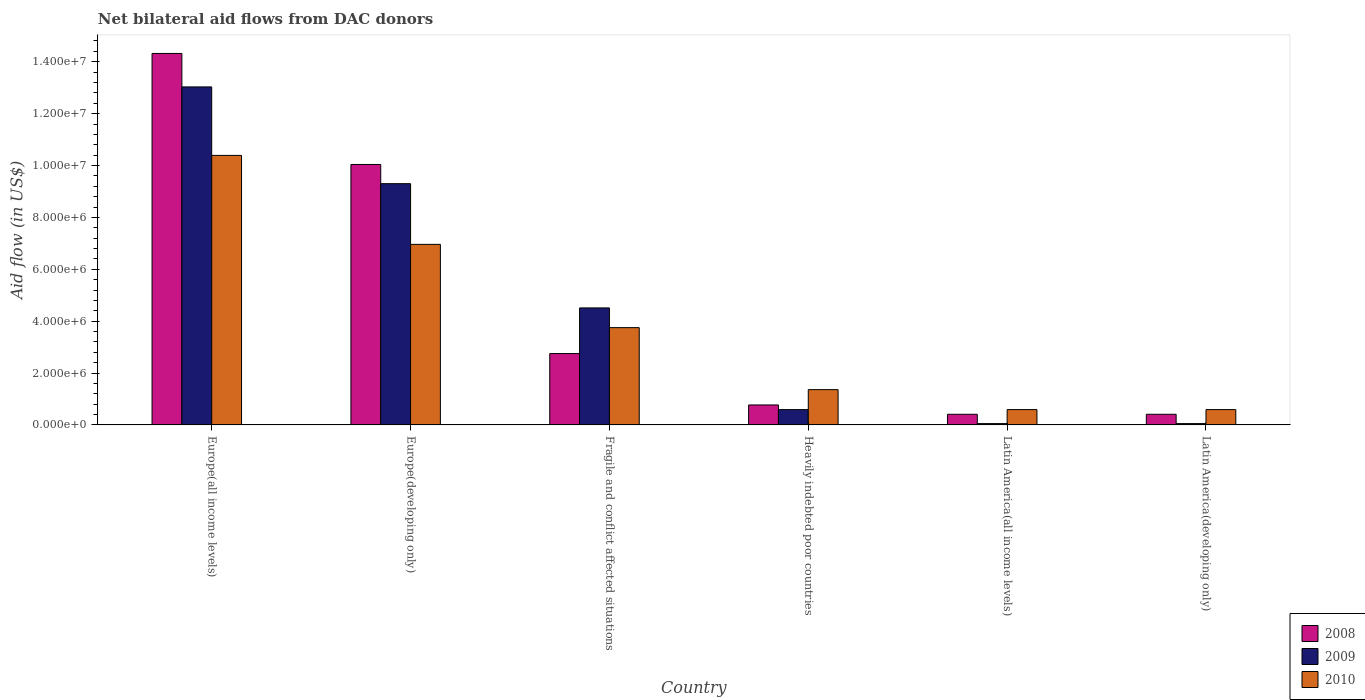
| Country | 2008 | 2009 | 2010 |
 | --- | --- | --- | --- |
 | Europe(all income levels) | 1.43e+07 | 1.3e+07 | 1.04e+07 |
 | Europe(developing only) | 1e+07 | 9.3e+06 | 6.96e+06 |
 | Fragile and conflict affected situations | 2.75e+06 | 4.51e+06 | 3.75e+06 |
 | Heavily indebted poor countries | 7.7e+05 | 5.9e+05 | 1.36e+06 |
 | Latin America(all income levels) | 4.1e+05 | 5e+04 | 5.9e+05 |
 | Latin America(developing only) | 4.1e+05 | 5e+04 | 5.9e+05 |